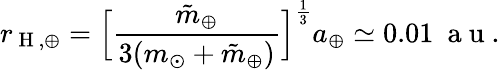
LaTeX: r_{\mathrm{~H~},\oplus}=\Big[\frac{\tilde{m}_{\oplus}}{3(m_{\odot}+\tilde{m}_{\oplus})}\Big]^{\frac{1}{3}}a_{\oplus}\simeq 0.01~\mathrm{~a~u~}.